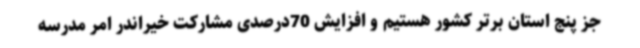
جز پنج استان برتر کشور هستیم و افزایش 70درصدی مشارکت خیراندر امر مدرسه